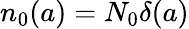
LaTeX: {{n}_{0}}(a)={N_{0}{\delta}}(a)